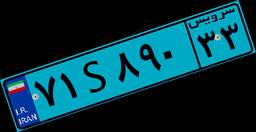
۸۵S۷۸۸۵۷